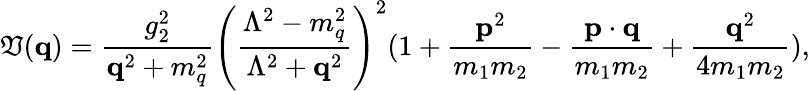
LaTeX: \mathfrak{V}({\mathbf{q}})=\frac{{g_{2}^{2}}}{{{\mathbf{q}}^{2}+m_{q}^{2}}}\left(\frac{{\Lambda^{2}-m_{q}^{2}}}{{\Lambda^{2}+{\mathbf{q}}^{2}}}\right)^{2}(1+\frac{{{\mathbf{p}}^{2}}}{{m_{1}m_{2}}}-{\frac{{{\mathbf{p}}\cdot{\mathbf{q}}}}{{m_{1}m_{2}}}}+\frac{{{\mathbf{q}}^{2}}}{{4m_{1}m_{2}}}),